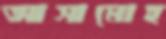
আসামোহ